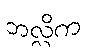
ဘလ္လိက